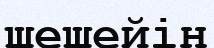
шешейін